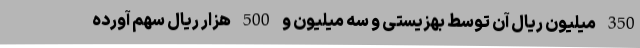
350 میلیون ریال آن توسط بهزیستی و سه میلیون و 500 هزار ریال سهم آورده